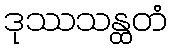
ဒုဿသန္ထတံ